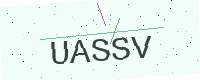
Text: UASSV